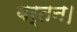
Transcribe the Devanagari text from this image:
बर्तन।